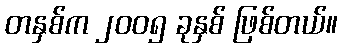
တနှစ်က ၂၀၀၅ ခုနှစ် ဖြစ်တယ်။